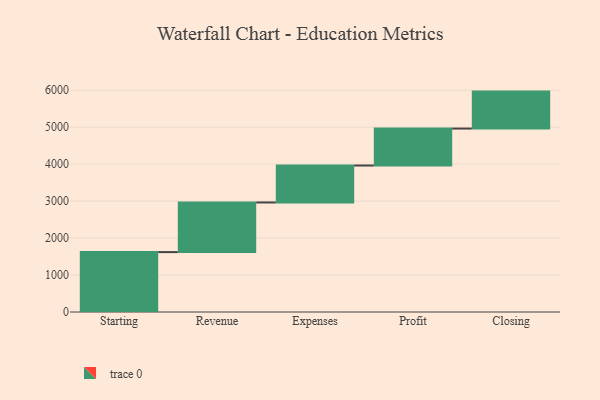
{"axis": {"x": "Step", "y": "Value"}, "legend": [""], "data": [{"x": "Starting", "y": 1621.0, "type": ""}, {"x": "Revenue", "y": 1343.0, "type": ""}, {"x": "Expenses", "y": 1000, "type": ""}, {"x": "Profit", "y": 1000, "type": ""}, {"x": "Closing", "y": 1000, "type": ""}]}